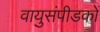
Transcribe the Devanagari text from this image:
वायुसंपीडकों